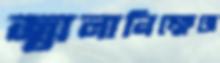
জ্বালানিক্ষেত্রে